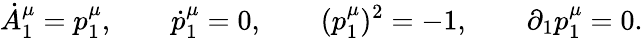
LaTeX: \dot{A}_{1}^{\mu}=p_{1}^{\mu},\qquad\dot{p}_{1}^{\mu}=0,\qquad(p_{1}^{\mu})^{2}=-1,\qquad\partial_{1}p_{1}^{\mu}=0.